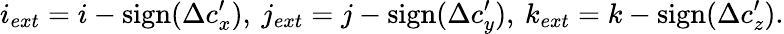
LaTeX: i_{ext}=i-\mathrm{sign}(\Delta c_{x}^{\prime}),\: j_{ext}=j-\mathrm{sign}(\Delta c_{y}^{\prime}),\: k_{ext}=k-\mathrm{sign}(\Delta c_{z}^{\prime}).